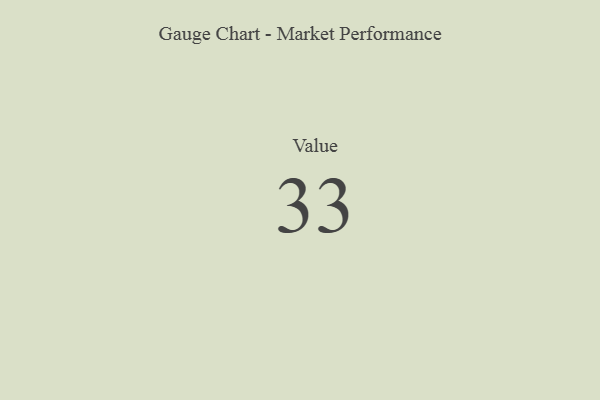
{"axis": {"x": "Metric", "y": "Value"}, "legend": [""], "data": [{"x": "Value", "y": 33, "type": ""}]}